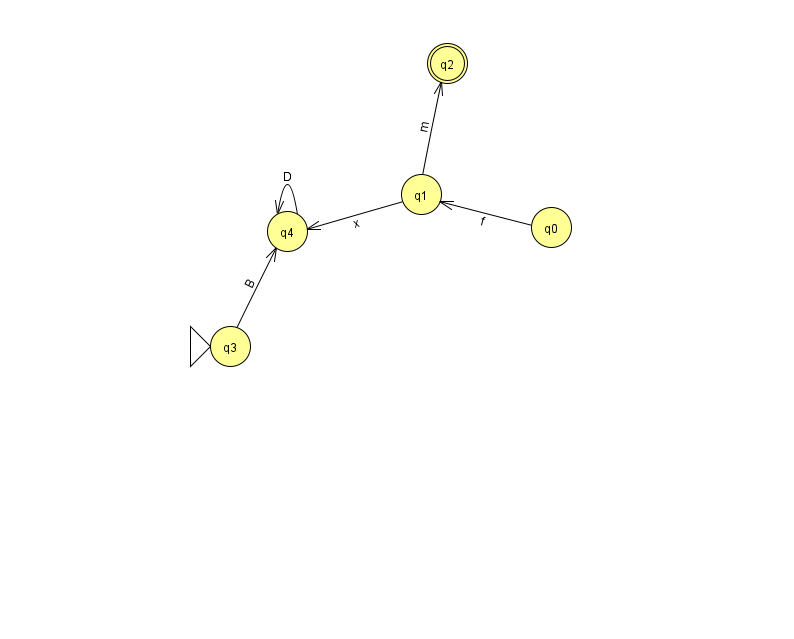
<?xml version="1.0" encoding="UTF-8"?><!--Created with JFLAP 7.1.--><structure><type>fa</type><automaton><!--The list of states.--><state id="0" name="q0"><x>551.0</x><y>214.0</y></state><state id="1" name="q1"><x>421.0</x><y>181.0</y></state><state id="2" name="q2"><x>447.0</x><y>50.0</y><final/></state><state id="3" name="q3"><x>230.0</x><y>333.0</y><initial/></state><state id="4" name="q4"><x>287.0</x><y>218.0</y></state><!--The list of transitions.--><transition><from>1</from><to>4</to><read>x</read></transition><transition><from>1</from><to>2</to><read>m</read></transition><transition><from>4</from><to>4</to><read>D</read></transition><transition><from>0</from><to>1</to><read>f</read></transition><transition><from>3</from><to>4</to><read>B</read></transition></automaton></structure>